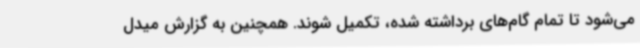
می‌شود تا تمام گام‌های برداشته شده، تکمیل شوند. همچنین به گزارش میدل